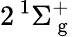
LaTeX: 2\, ^{1}\Sigma_{\mathrm{~g~}}^{+}